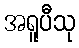
အရူပီသု